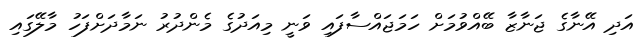
އަދި އޭނާގެ ޖަނާޒާ ބޭއްވުމަށް ހަމަޖައްސާފައި ވަނީ މިއަދުގެ މެންދުރު ނަމާދަށްފަހު މާލޭގައި